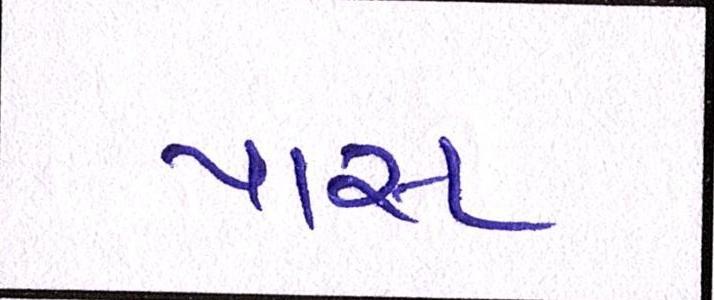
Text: પાસ